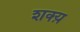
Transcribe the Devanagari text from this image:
शक्य़